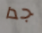
جدا